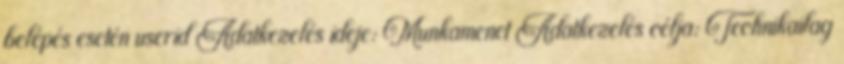
belépés esetén userid Adatkezelés ideje: Munkamenet Adatkezelés célja: Technikailag